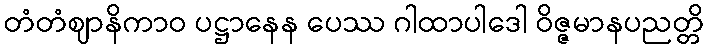
တံတံဈာနိကာဝ ပဋ္ဌာနေန ပေဿ ဂါထာပါဒေါ ဝိဇ္ဇမာနပညတ္တိ